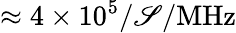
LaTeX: \approx4\times10^{5}/\mathscr{S}/\mathrm{{MHz}}